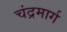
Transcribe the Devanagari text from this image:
चंद्रमार्ग